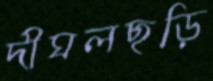
দীঘলছড়ি